Problem: 50 + 37 = ?
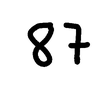
Handwritten answer: 87